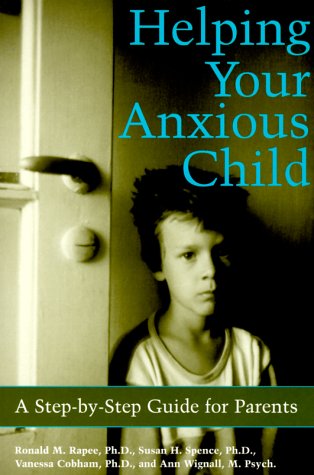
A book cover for Helping Your Anxious Child; Ronald M. Rapee; Parenting & Relationships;